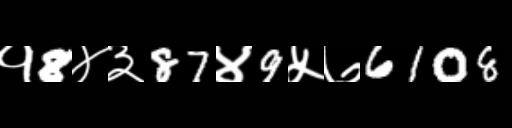
Text: १8४३87४9५७6108